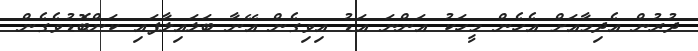
ދުރުން އެދިމާއަށް އެހެން މީހަކު އަންނަ އަޑު އިވިގެން އޭނާ ބަލައިލާފައި ކަންބޮޑުވެގެން